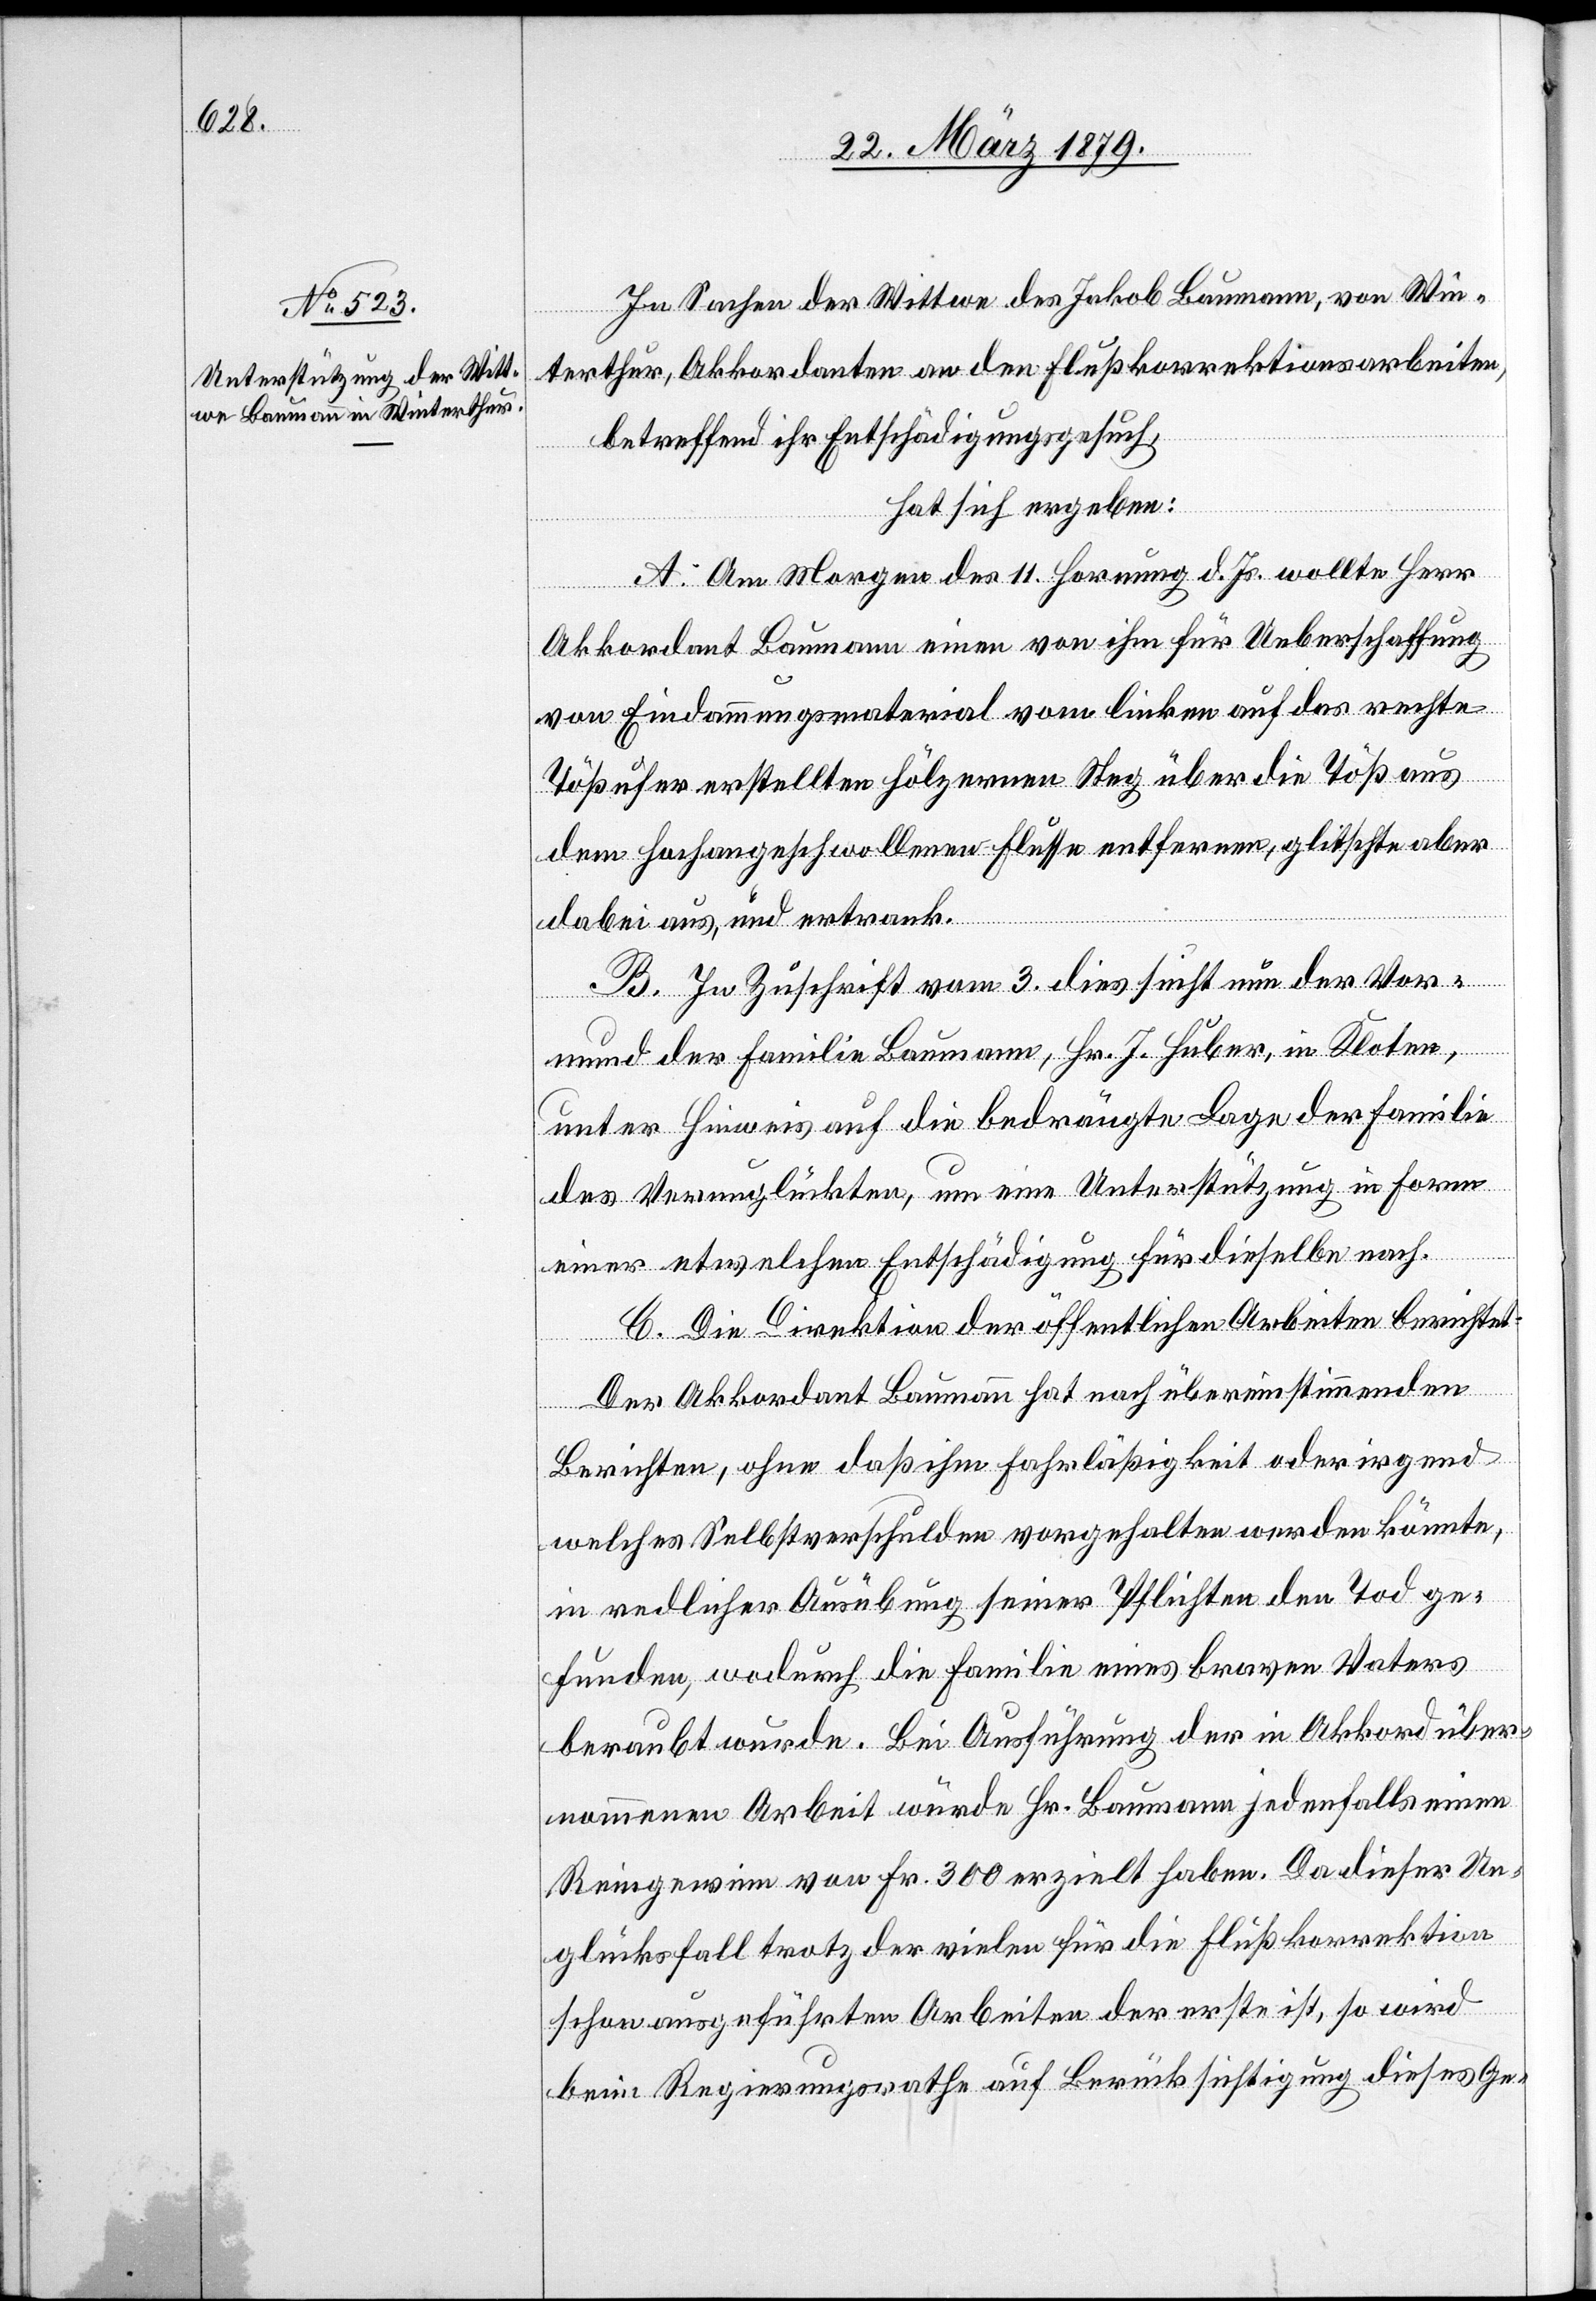
In Sachen der Wittwe des Jakob Baumann, von Win¬
terthur, Akkordanten an den Flußkorrektionsarbeiten,
betreffend ihr Entschädigungsgesuch,
hat sich ergeben:
A. Am Morgen des 11. Hornung d. Js. wollte Herr
Akkordant Baumann einen von ihm für Ueberschaffung
von Eindammungsmaterial vom linken auf das rechte
Tößufer erstellten hölzernen Steg über die Töß aus
dem hochangeschwollenen Flusse entfernen, glitschte aber
dabei aus, und ertrank.
B. In Zuschrift vom 3. dies sucht nun der Vor¬
mund der Familie Baumann, Hr. J. Huber, in Kloten,
unter Hinweis auf die bedrängte Lage der Familie
des Verunglückten, um eine Unterstützung in Form
einer etwelchen Entschädigung für dieselbe nach.
C. Die Direktion der öffentlichen Arbeiten berichtet:
Der Akkordant Baumann hat nach übereinstimmenden
Berichten, ohne daß ihm Fahrläßigkeit oder irgend
welches Selbstverschulden vorgehalten werden könnte,
in redlicher Ausübung seiner Pflichten den Tod ge¬
funden, wodurch die Familie eines braven Vaters
beraubt wurde. Bei Ausführung der in Akkord über¬
nommenen Arbeit würde Hr. Baumann jedenfalls einen
Reingewinn von Fr. 300 erzielt haben. Da dieser Un¬
glücksfall trotz der vielen für die Flußkorrektion
schon ausgeführten Arbeiten der erste ist, so wird
beim Regierungsrathe auf Berücksichtigung dieses Ge-